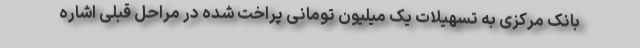
بانک مرکزی به تسهیلات یک میلیون تومانی پراخت شده در مراحل قبلی اشاره